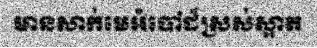
មានសាក់មេអំបៅដ៏ស្រស់ស្អាត